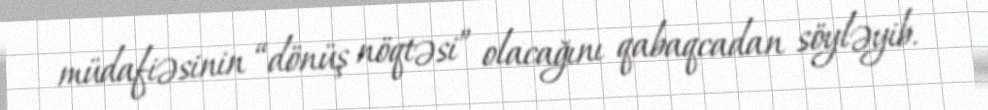
müdafiəsinin “dönüş nöqtəsi” olacağını qabaqcadan söyləyib.